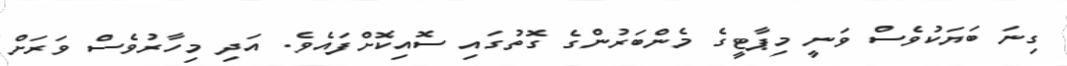
ގިނަ ބަޔަކުވެސް ވަނީ މިޕާޓީގެ މެންބަރުންގެ ގޮތުގައި ސޮއިކޮށްފައެވެ. އަދި މިހާރުވެސް ވަރަށް